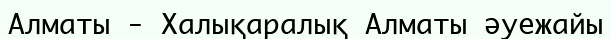
Алматы - Халықаралық Алматы әуежайы